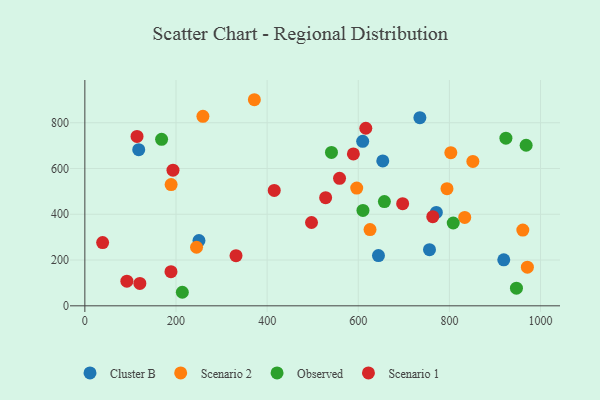
{"axis": {"x": "Experience", "y": "Yield"}, "legend": ["Cluster B", "Observed", "Scenario 1", "Scenario 2"], "data": [{"x": "609.7", "y": 718.7, "type": "Cluster B"}, {"x": "756.3", "y": 245.2, "type": "Cluster B"}, {"x": "653.8", "y": 633.0, "type": "Cluster B"}, {"x": "644.3", "y": 219.7, "type": "Cluster B"}, {"x": "919.3", "y": 201.1, "type": "Cluster B"}, {"x": "250.4", "y": 285.1, "type": "Cluster B"}, {"x": "118.2", "y": 682.2, "type": "Cluster B"}, {"x": "735.2", "y": 821.9, "type": "Cluster B"}, {"x": "771.3", "y": 407.9, "type": "Cluster B"}, {"x": "961.1", "y": 330.9, "type": "Scenario 2"}, {"x": "803.1", "y": 669.1, "type": "Scenario 2"}, {"x": "189.3", "y": 529.6, "type": "Scenario 2"}, {"x": "259.1", "y": 828.0, "type": "Scenario 2"}, {"x": "245.1", "y": 255.9, "type": "Scenario 2"}, {"x": "971.1", "y": 168.9, "type": "Scenario 2"}, {"x": "833.6", "y": 386.2, "type": "Scenario 2"}, {"x": "794.7", "y": 511.8, "type": "Scenario 2"}, {"x": "372.0", "y": 900.5, "type": "Scenario 2"}, {"x": "596.6", "y": 514.6, "type": "Scenario 2"}, {"x": "851.5", "y": 630.7, "type": "Scenario 2"}, {"x": "625.8", "y": 333.1, "type": "Scenario 2"}, {"x": "924.0", "y": 732.5, "type": "Observed"}, {"x": "657.3", "y": 455.5, "type": "Observed"}, {"x": "541.2", "y": 670.1, "type": "Observed"}, {"x": "168.4", "y": 727.3, "type": "Observed"}, {"x": "610.3", "y": 416.7, "type": "Observed"}, {"x": "968.4", "y": 701.5, "type": "Observed"}, {"x": "947.1", "y": 76.9, "type": "Observed"}, {"x": "808.4", "y": 361.8, "type": "Observed"}, {"x": "213.9", "y": 59.2, "type": "Observed"}, {"x": "114.5", "y": 740.0, "type": "Scenario 1"}, {"x": "193.4", "y": 592.9, "type": "Scenario 1"}, {"x": "331.7", "y": 219.0, "type": "Scenario 1"}, {"x": "92.2", "y": 107.7, "type": "Scenario 1"}, {"x": "39.0", "y": 276.3, "type": "Scenario 1"}, {"x": "697.4", "y": 446.2, "type": "Scenario 1"}, {"x": "120.7", "y": 97.8, "type": "Scenario 1"}, {"x": "616.5", "y": 775.9, "type": "Scenario 1"}, {"x": "528.4", "y": 472.4, "type": "Scenario 1"}, {"x": "589.3", "y": 663.5, "type": "Scenario 1"}, {"x": "763.5", "y": 389.6, "type": "Scenario 1"}, {"x": "415.6", "y": 504.3, "type": "Scenario 1"}, {"x": "558.9", "y": 556.9, "type": "Scenario 1"}, {"x": "189.0", "y": 149.2, "type": "Scenario 1"}, {"x": "497.4", "y": 364.1, "type": "Scenario 1"}]}